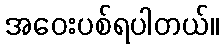
အဝေးပစ်ရပါတယ်။